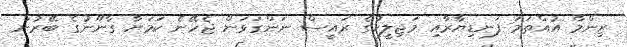
ޒިންމާ އުއްތަމަ ފަނޑިޔާރާއި މަޖިލީހުގެ ރައީސް ނަންގަވަން ޖެހޭނެ ކަމަށާ ގާނޫނުގެ ބޭރުން